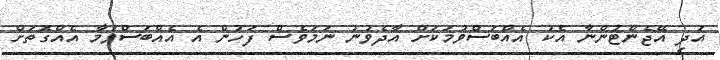
އަދި އޭޖެންޓުންނާ އެކު އެއްބަސްވުމަކަށް އާދެވުނު ނަމަވެސް ފަހުން އެ އެއްބަސްވުމާ އެއްގޮތަށް